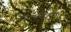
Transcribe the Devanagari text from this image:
कादम्बरीदर्पण